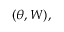
( \theta , W ) ,